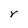
Character: r